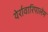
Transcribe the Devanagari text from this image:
येर्रावारिपालेम